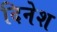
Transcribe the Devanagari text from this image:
दिनेश